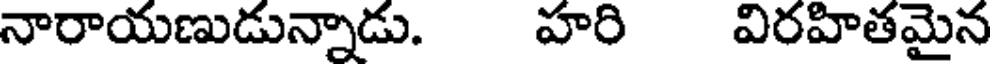
నారాయణుడున్నాడు. హరి విరహితమైన